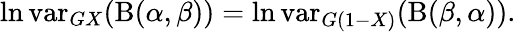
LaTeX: \ln\operatorname{var}_{GX}(\mathrm{B}(\alpha,\beta))=\ln\operatorname{var}_{G(1-X)}(\mathrm{B}(\beta,\alpha)).